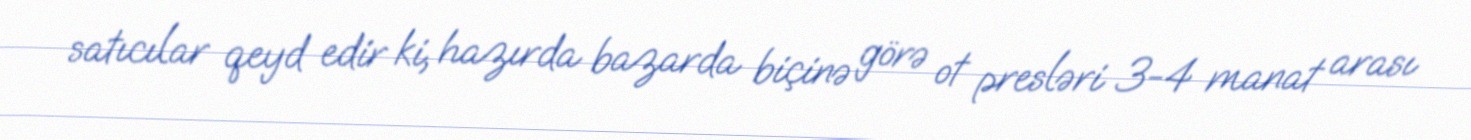
satıcılar qeyd edir ki, hazırda bazarda biçinə görə ot presləri 3-4 manat arası